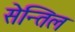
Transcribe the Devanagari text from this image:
सेन्तिल